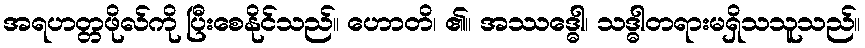
အရဟတ္တဖိုလ်ကို ပြီးစေနိုင်သည်။ ဟောတိ၊ ၏။ အဿဒ္ဓေါ၊ သဒ္ဓါတရားမရှိသသူသည်။